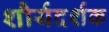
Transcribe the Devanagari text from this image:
शौर्यदर्शक